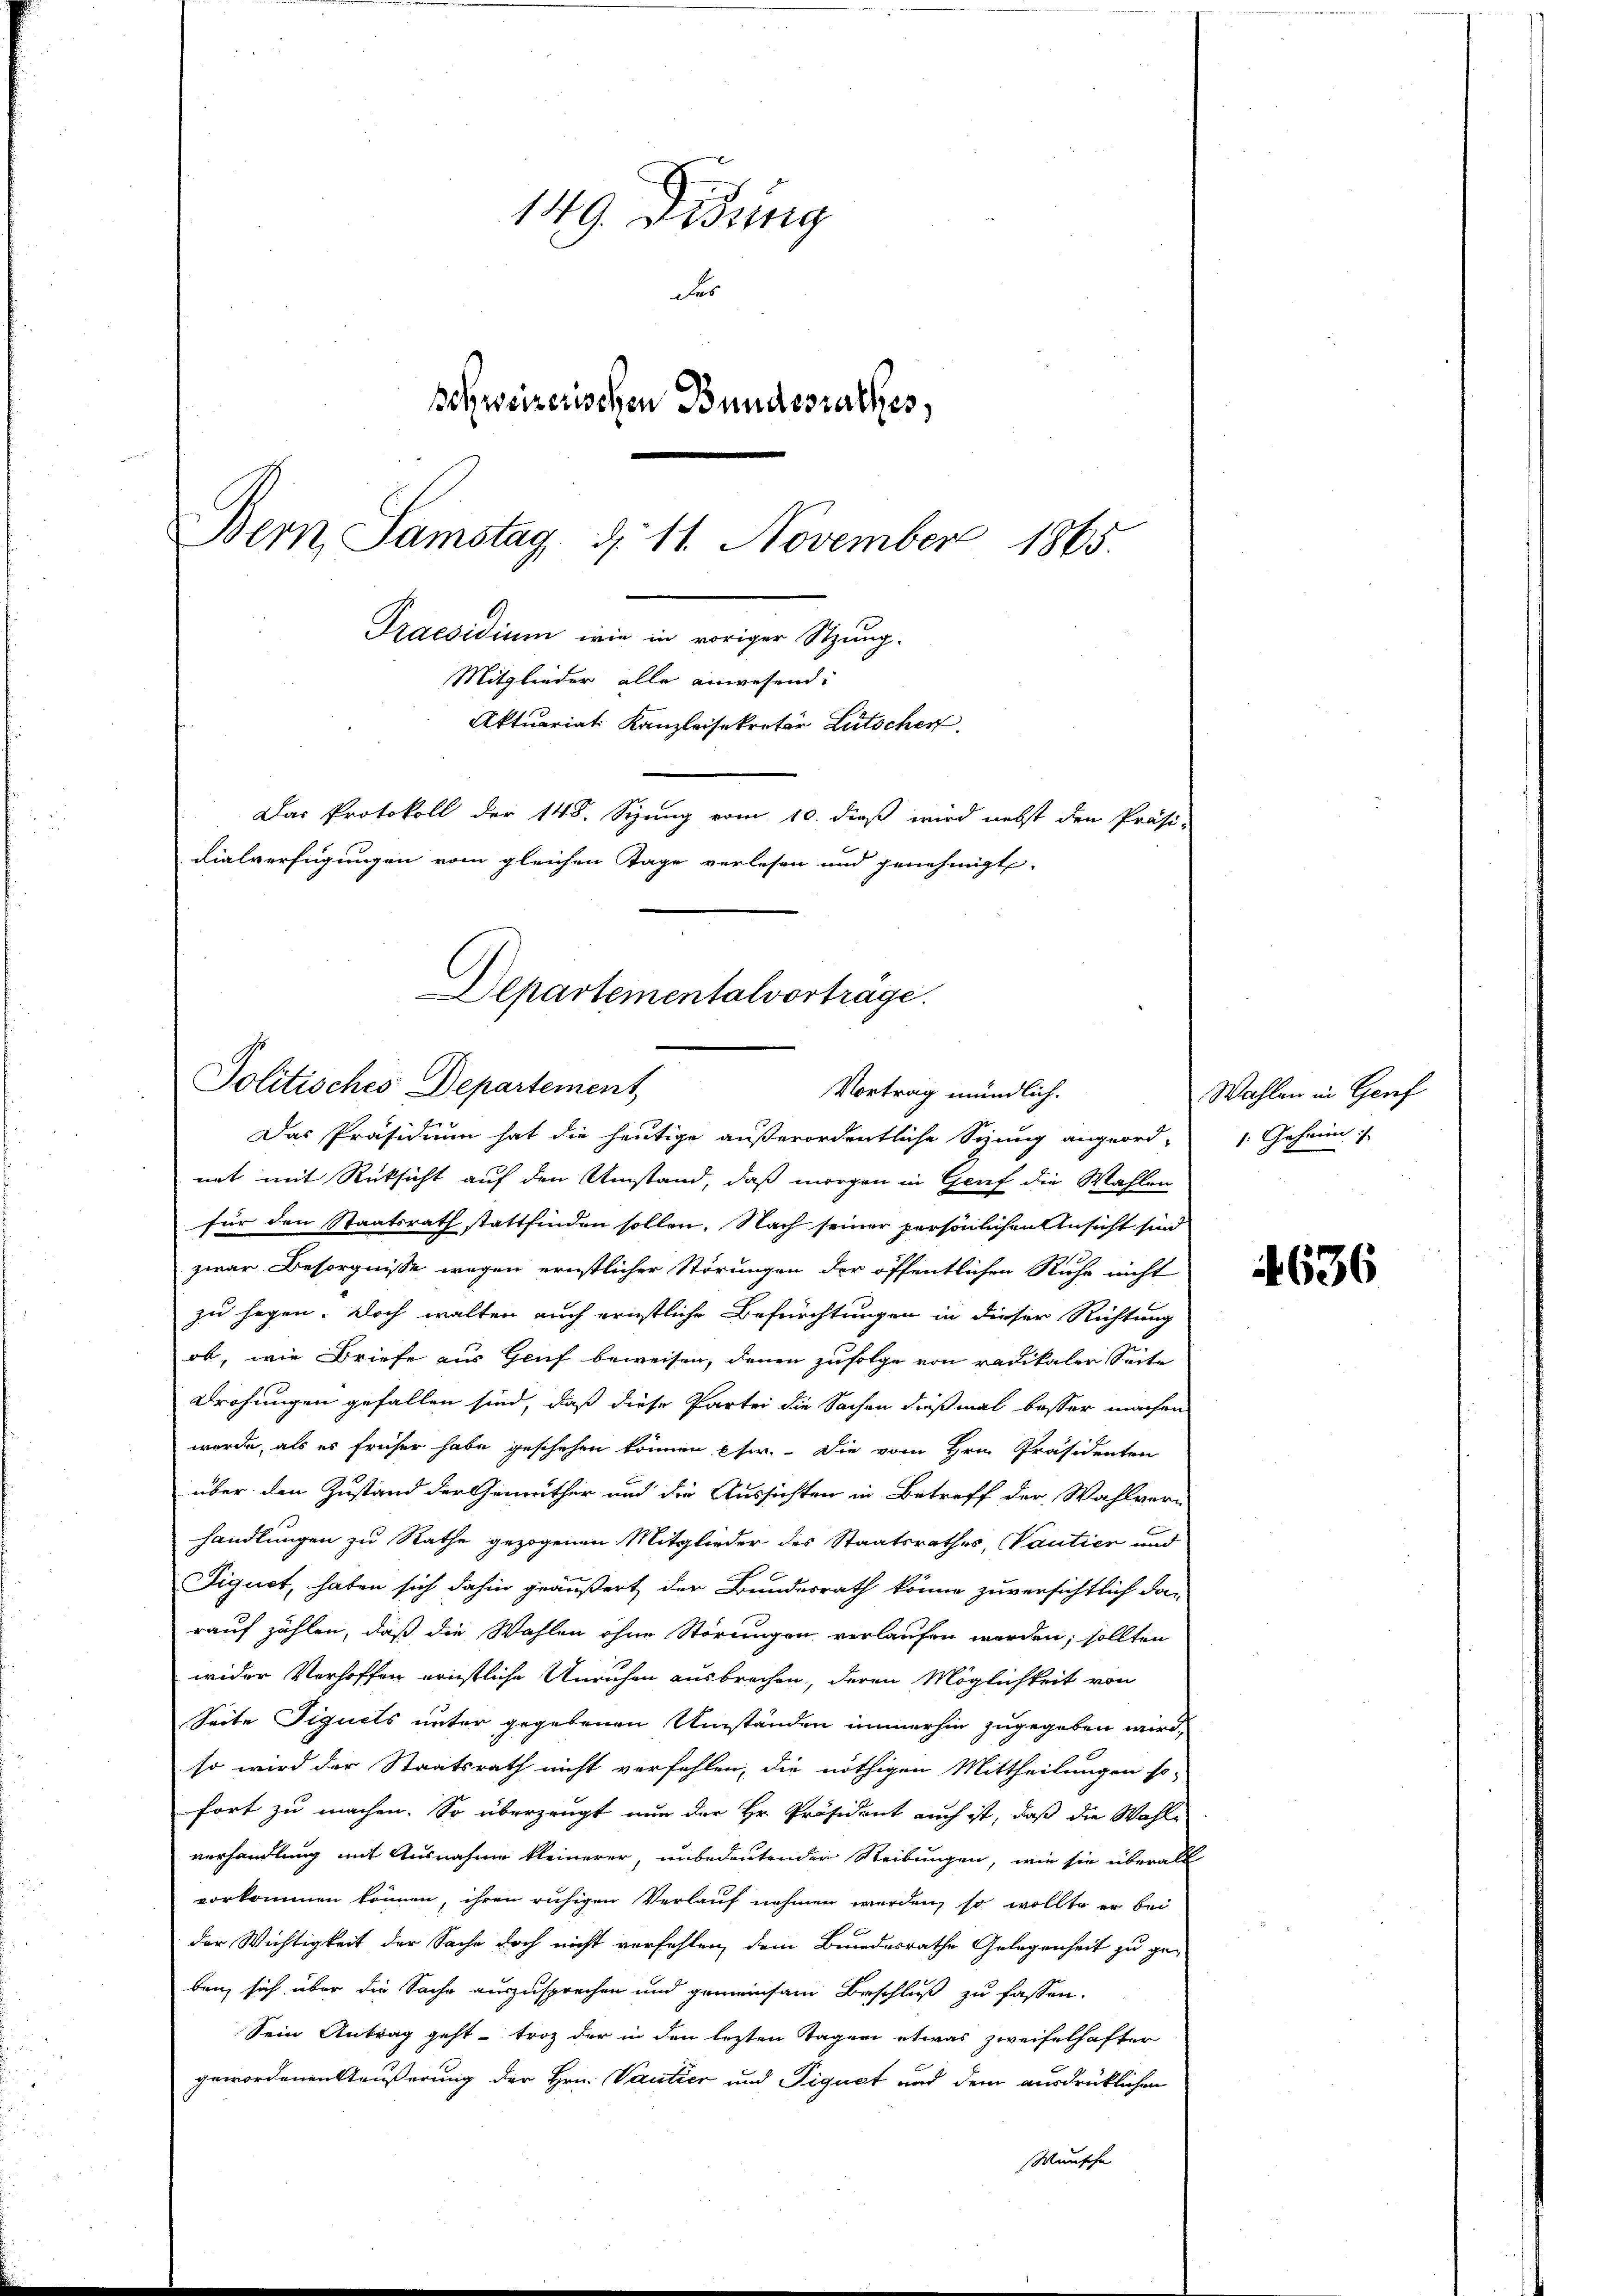
149. Didung
der
schweizerischen Bundesrathes,
Bern, Samstag, d. 11. November 1865.
Praesidium, wie in voriger Sitzung-
Mitglieder alle anwesend.
Aktuariat Kanzleisekretär Lütschen
Das Protokoll der 148. Seung vom 10. dieß wird nebst den Präsi-
dialverfügungen vom gleichen Tage verlesen und genehmigt.

Departementalvortrage.
Politisches Departement,
Vortrag mündlich.

Das Präsidium hat die heutige außerordentliche Sizung angeord-
net mit Rücksicht auf den Umstand, daß morgen in Genf die Wahlen
für den Staatsrath stattfinden sollen. Nach seiner persönlichen Ansicht sind
zwar Besorgnisse wegen ernstlicher Störungen der öffentlichen Ruhe nicht
zu sagen. Doch walten auch ernstliche Befürchtungen in dieser Richtung
ob, wie Briefe aus Genf beweisen, denen zufolge von radikaler Seite
Drohungen gefallen sind, daß diese Partei die Sachen dießmal besser machen
wurde, als es früher habe geschehen können eher. Die vom Hrn. Präsidenten
über den Zustand der Gemeither und die Aussichten in Betreff der Wahlverhandlungen zu Rathe gezogenen Mitglieder des Staatsrathes, Vautier und
Siquet, haben sich dahin geäußert der Bundesrath könne zuversichtlich da-
rauf zählen, daß die Wahlen ohne Störungen verlaufen werden; sollten
wider Verhoffen ernstliche Unruhen ausbrechen, deren Möglichkeit von
Seite Figuets unter gegebenen Umständen immerhin zugegeben wird,
so wird der Staatsrath nicht verfehlen, die nöthigen Mittheilungen so-
fort zu machen. So überzeugt nun der Hr. Präsident auch ist, daß die Wahl
verhandlung mit Ausnahme kleinerer, unbedeutender Reibungen, wie sie überall
vorkommen können, ihren ruhigen Verlauf nehmen werden, so wollte er bei
der Wichtigkeit der Sache doch nicht verfehlen, dem Bundesrathe Gelegenheit zu ge-
ben, sich über die Sache auszusprechen und gemeinsam Beschluß zu fassen.
Sein Antrag geht, troz der in den lezten Tagen etwas zweifelhafter
gewordenen Stäußerung der Hrn. Vantier und Tiguet und dem ausdrücklichen
Wünsche

Wahlen in Genf
1: Geheim:

4636